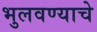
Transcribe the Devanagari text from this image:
भुलवण्याचे